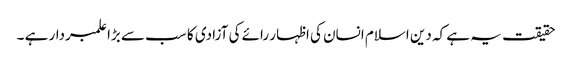
حقیقت یہ ہے کہ دین اسلام انسان کی اظہار رائے کی آزادی کا سب سے بڑا علمبردار ہے ۔